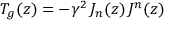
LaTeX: T _ { g } ( z ) = - \gamma ^ { 2 } \, J _ { n } ( z ) \, J ^ { n } ( z )